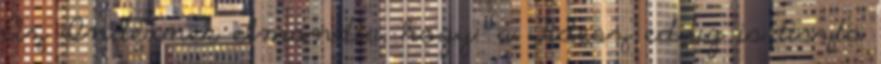
Az Indexnek elmondta, hogy "a Fidesz eddig is tiszta